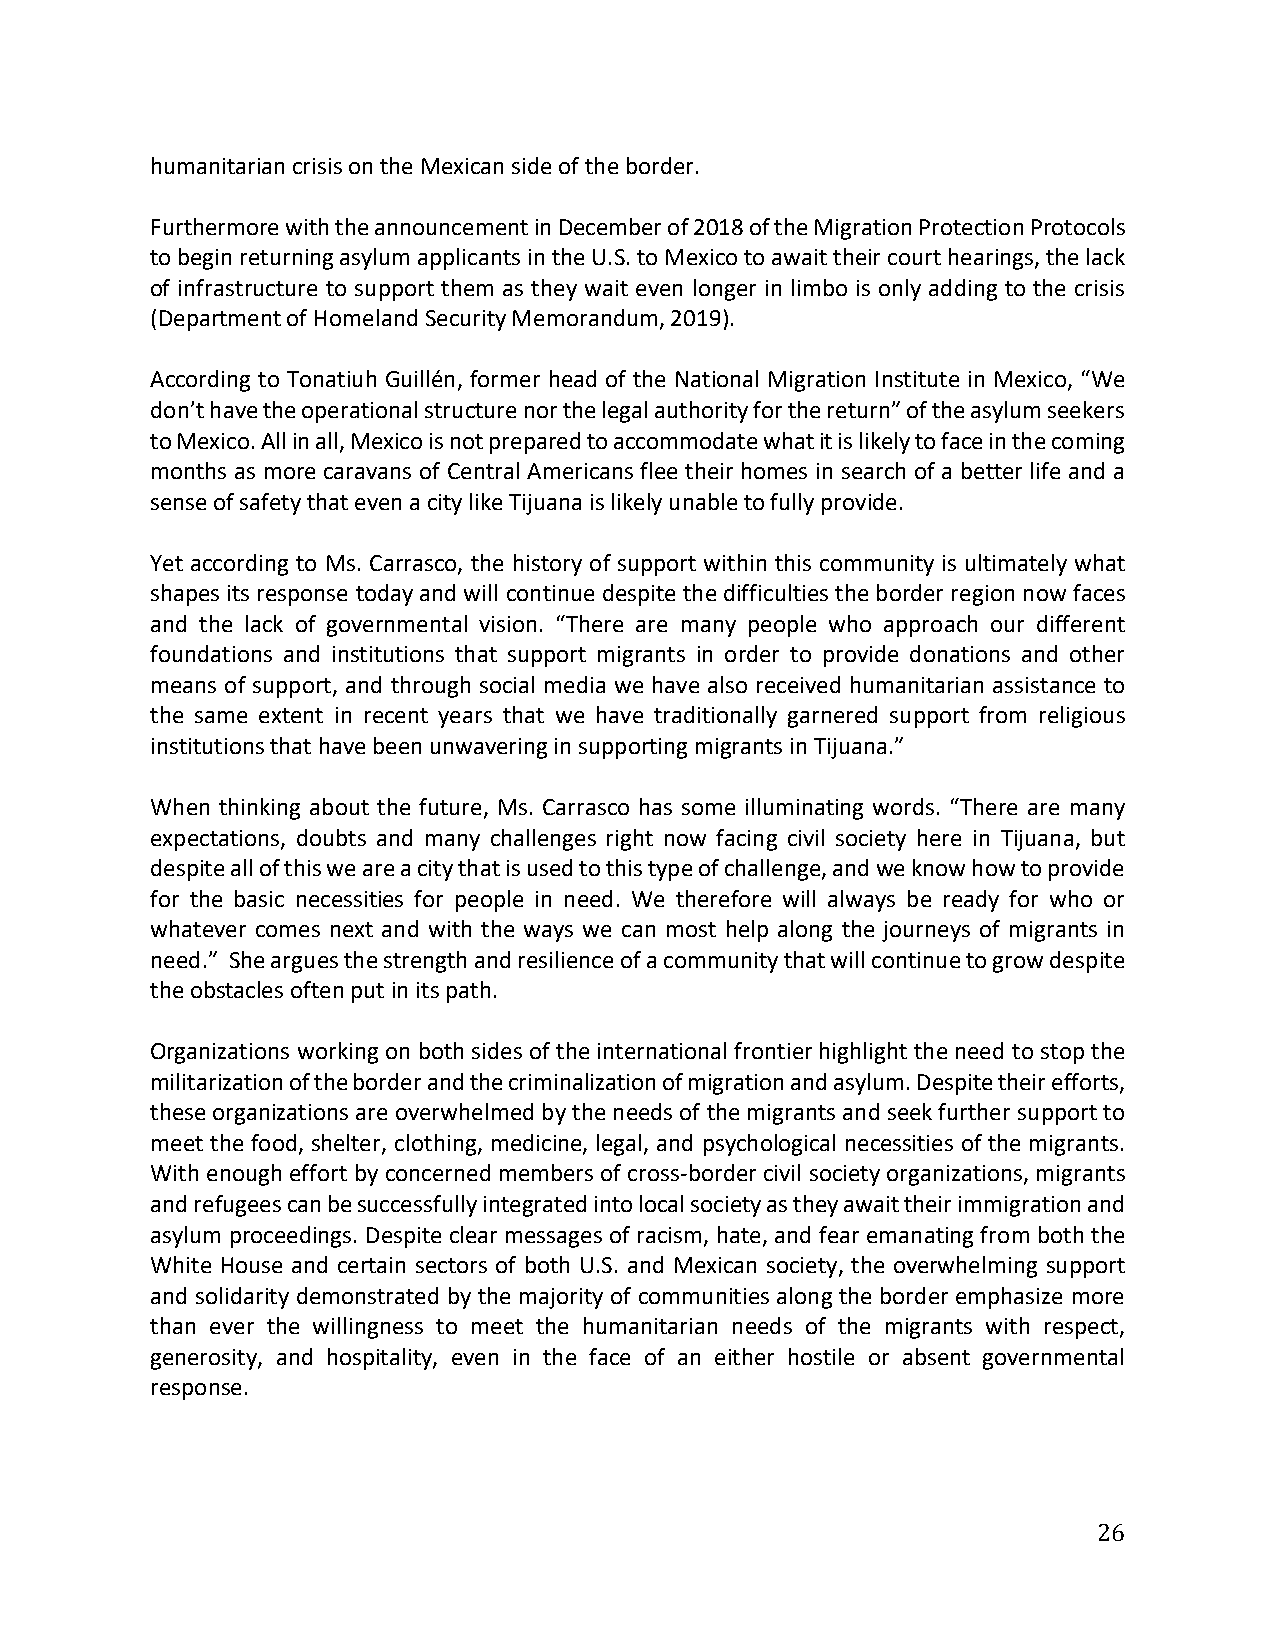
humanitarian crisis on the Mexican side of the border.
 Furthermore with the announcement in December of 2018 of the Migration Protection Protocols
 to begin returning asylum applicants in the U.S. to Mexico to await their court hearings, the lack
 of infrastructure to support them as they wait even longer in limbo is only adding to the crisis
 (Department of Homeland Security Memorandum, 2019).
 According to Tonatiuh Guillén, former head of the National Migration Institute in Mexico, “We
 don’t have the operational structure nor the legal authority for the return” of the asylum seekers
 to Mexico. All in all, Mexico is not prepared to accommodate what it is likely to face in the coming
 months as more caravans of Central Americans flee their homes in search of a better life and a
 sense of safety that even a city like Tijuana is likely unable to fully provide.
 Yet according to Ms. Carrasco, the history of support within this community is ultimately what
 shapes its response today and will continue despite the difficulties the border region now faces
 and the lack of governmental vision. “There are many people who approach our different
 foundations and institutions that support migrants in order to provide donations and other
 means of support, and through social media we have also received humanitarian assistance to
 the same extent in recent years that we have traditionally garnered support from religious
 institutions that have been unwavering in supporting migrants in Tijuana.”
 When thinking about the future, Ms. Carrasco has some illuminating words. “There are many
 expectations, doubts and many challenges right now facing civil society here in Tijuana, but
 despite all of this we are a city that is used to this type of challenge, and we know how to provide
 for the basic necessities for people in need. We therefore will always be ready for who or
 whatever comes next and with the ways we can most help along the journeys of migrants in
 need.” She argues the strength and resilience of a community that will continue to grow despite
 the obstacles often put in its path.
 Organizations working on both sides of the international frontier highlight the need to stop the
 militarization of the border and the criminalization of migration and asylum. Despite their efforts,
 these organizations are overwhelmed by the needs of the migrants and seek further support to
 meet the food, shelter, clothing, medicine, legal, and psychological necessities of the migrants.
 With enough effort by concerned members of cross-border civil society organizations, migrants
 and refugees can be successfully integrated into local society as they await their immigration and
 asylum proceedings. Despite clear messages of racism, hate, and fear emanating from both the
 White House and certain sectors of both U.S. and Mexican society, the overwhelming support
 and solidarity demonstrated by the majority of communities along the border emphasize more
 than ever the willingness to meet the humanitarian needs of the migrants with respect,
 generosity, and hospitality, even in the face of an either hostile or absent governmental
 response.
 26